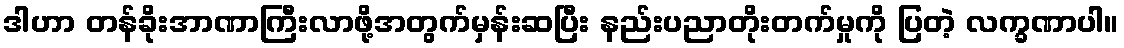
ဒါဟာ တန်ခိုးအာဏာကြီးလာဖို့အတွက်မှန်းဆပြီး နည်းပညာတိုးတက်မှုကို ပြတဲ့ လက္ခဏာပါ။